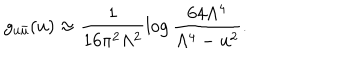
LaTeX: g _ { u \bar { u } } ( u ) \approx \frac { 1 } { 1 6 \pi ^ { 2 } \Lambda ^ { 2 } } \log \frac { 6 4 \Lambda ^ { 4 } } { \Lambda ^ { 4 } - u ^ { 2 } } .